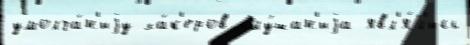
умолча́н'иjу ха́к'еров слу́шан'иjа явл'я́л'ись